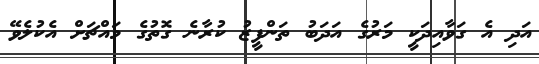
އަދި އެ ގަވާއިދަކީ މަރުގެ އަދަބު ތަންފީޒު ކުރާނެ ގޮތުގެ މައްޗަށް އެކުލެވޭ